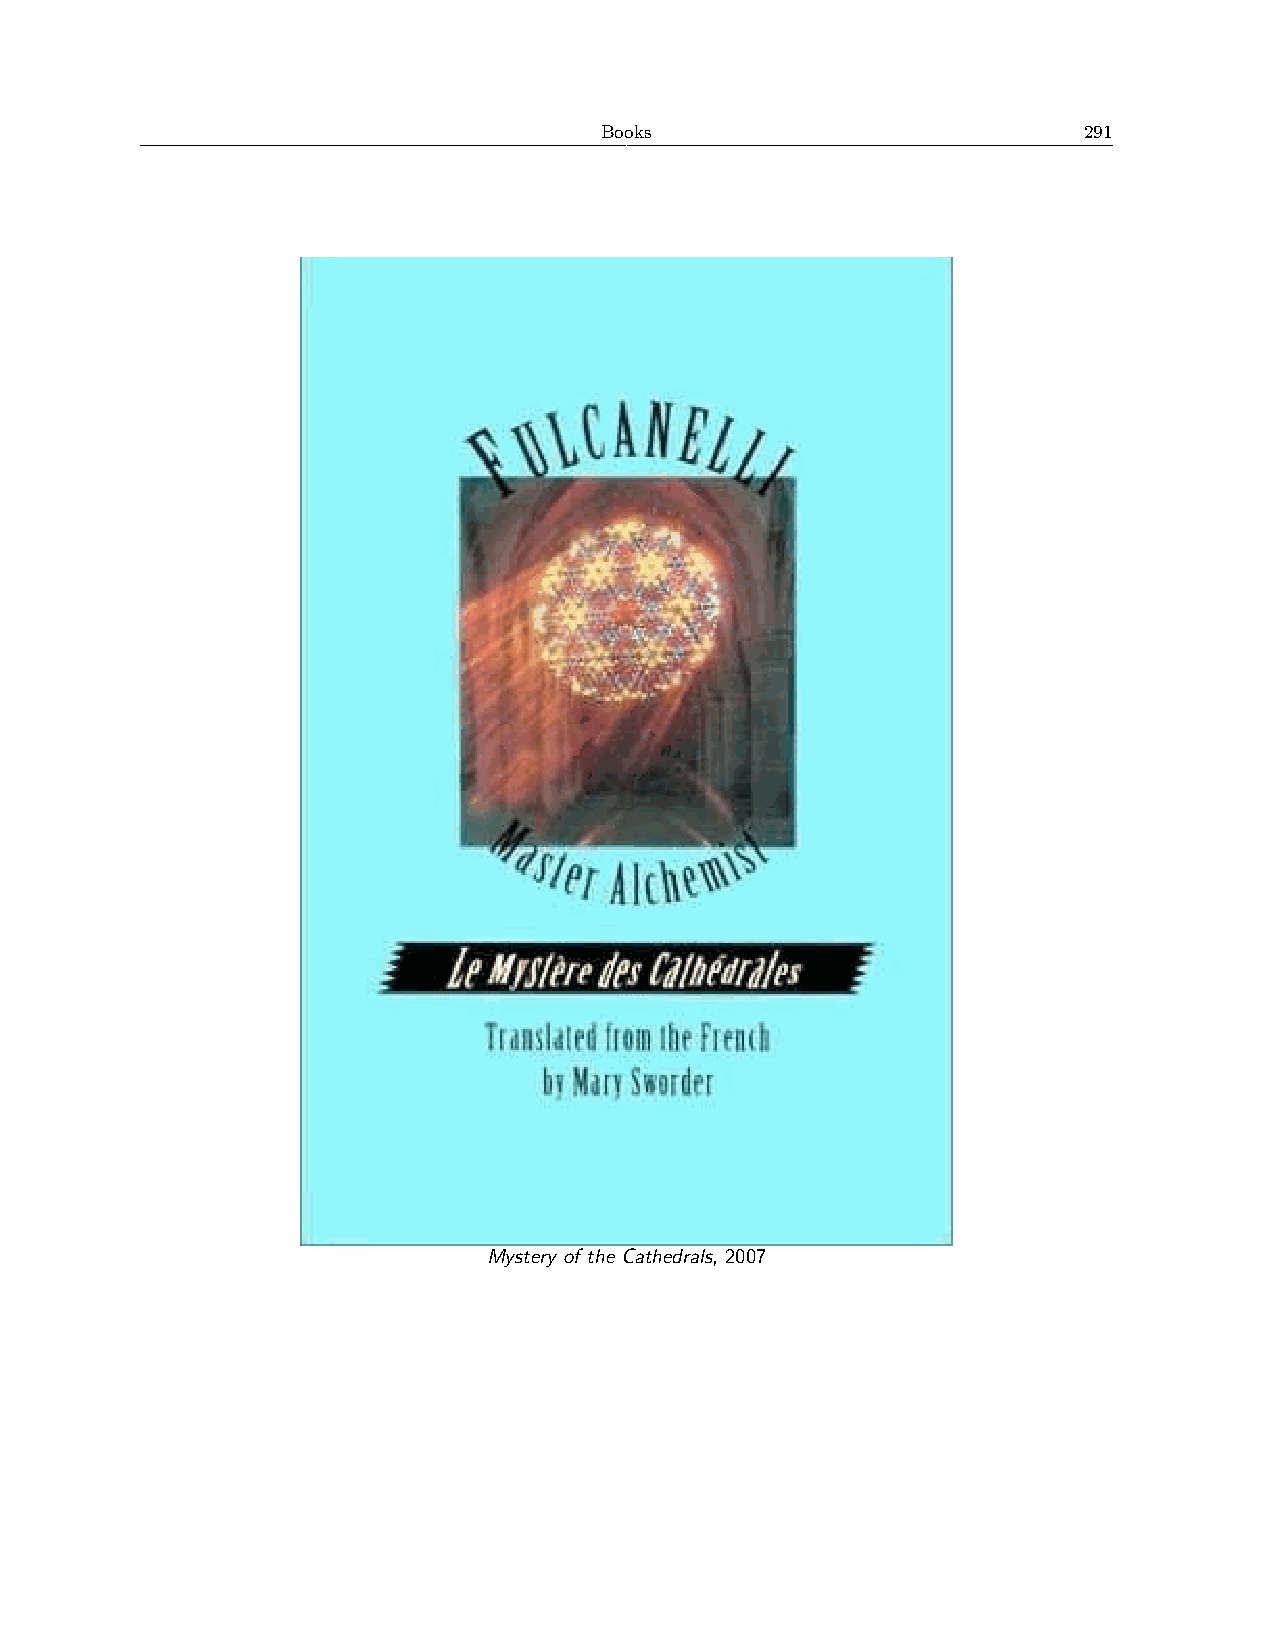
Books                           291
 Mystery of the Cathedrals, 2007